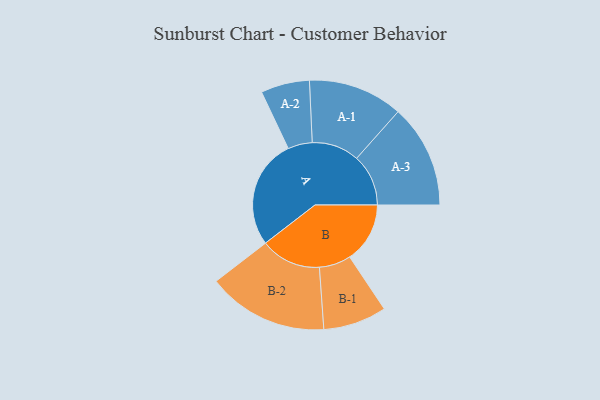
{"axis": {"x": "Segment", "y": "Value"}, "legend": ["", "A", "B"], "data": [{"x": "A", "y": 476, "type": ""}, {"x": "B", "y": 262, "type": ""}, {"x": "A-1", "y": 206, "type": "A"}, {"x": "A-2", "y": 106, "type": "A"}, {"x": "A-3", "y": 225, "type": "A"}, {"x": "B-1", "y": 138, "type": "B"}, {"x": "B-2", "y": 263, "type": "B"}]}